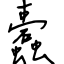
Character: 蠹